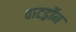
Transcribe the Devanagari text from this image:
वाटर्ड्रोम